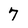
Character: 7